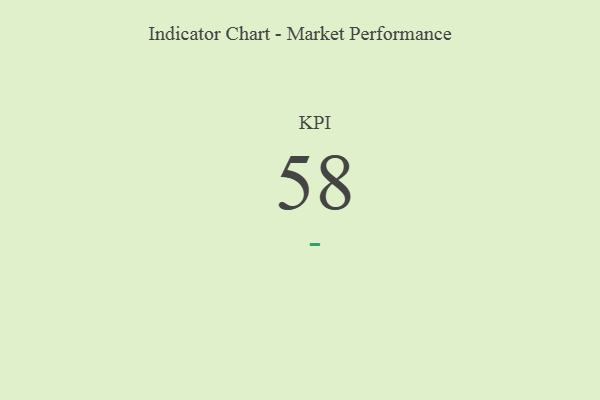
{"axis": {"x": "KPI", "y": "Value"}, "legend": [""], "data": [{"x": "KPI", "y": 58, "type": ""}]}